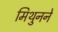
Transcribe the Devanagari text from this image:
मिथुनने